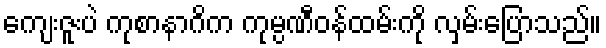
ကျေးဇူးပဲ ကုစာနာဂိက ကုမ္ပဏီဝန်ထမ်းကို လှမ်းပြောသည်။